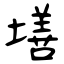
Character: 墡